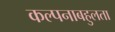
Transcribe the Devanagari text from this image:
कल्पनाबहुलता